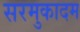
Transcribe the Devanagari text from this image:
सरमुकादम